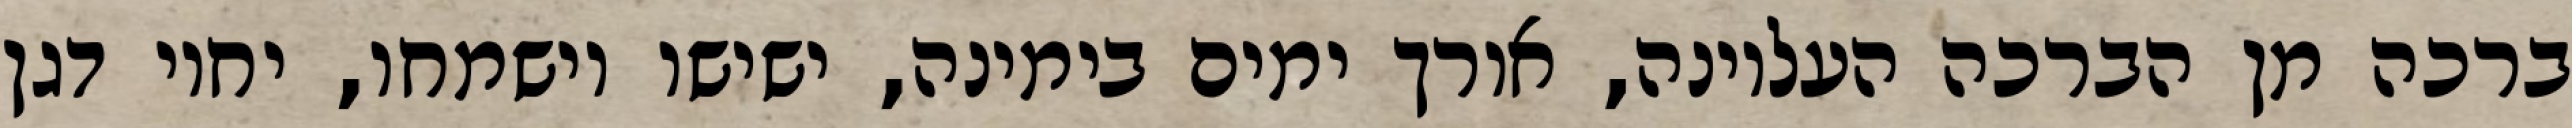
ברכה מן הברכה העליונה, אורך ימים בימינה, ישישו וישמחו, יחיו דגן